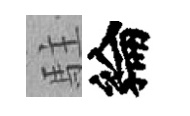
駐綸